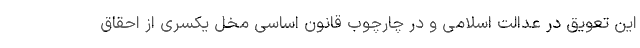
این تعویق در عدالت اسلامی و در چارچوب قانون اساسی مخل یکسری از احقاق